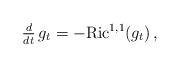
LaTeX: \begin{align*}\tfrac{d}{dt}\,g_t=-{\rm Ric}^{1,1}(g_t)\,,\end{align*}